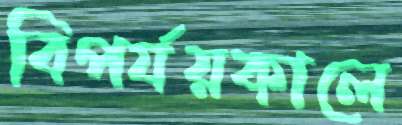
বিপর্যয়কালে